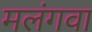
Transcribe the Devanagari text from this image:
मलंगवा